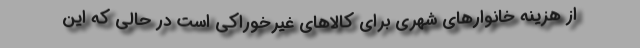
از هزينه خانوارهاي شهري براي كالاهاي غيرخوراكي است در حالي كه اين